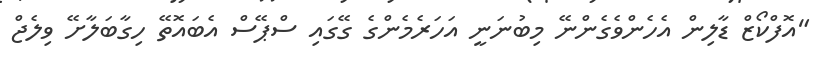
"އޮފްކޯޒް ޑާލިން އެހެންވެގެންނޭ މިބުނަނީ އަހަރެމެންގެ ގޭގައި ސްޕޭސް އެބައޮތޭ ހިގާބަލާށޭ ވިލެޖް